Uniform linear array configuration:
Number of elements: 48
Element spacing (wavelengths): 0.5
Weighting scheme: binomial
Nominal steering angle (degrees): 15
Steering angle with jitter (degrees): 15.751
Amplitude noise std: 0.05
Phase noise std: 0.05

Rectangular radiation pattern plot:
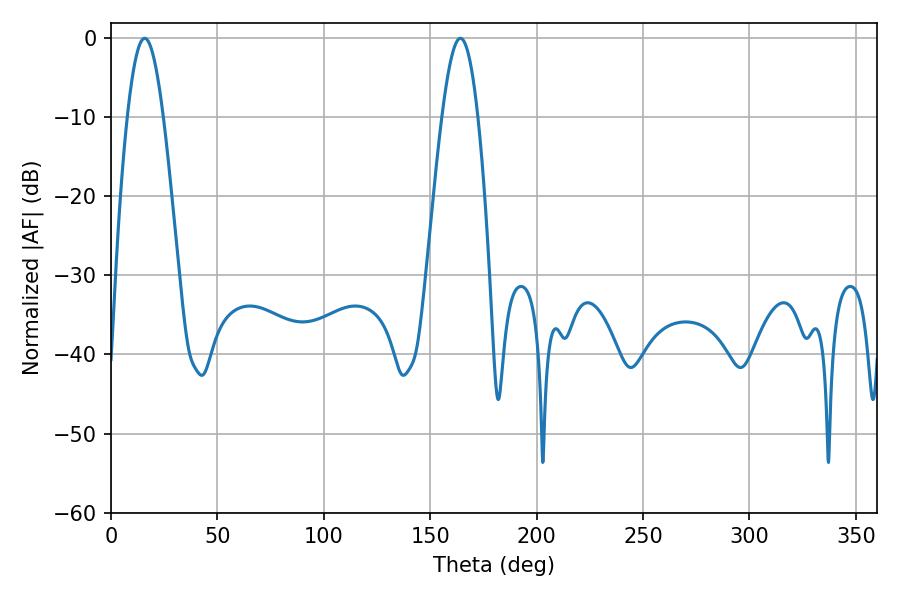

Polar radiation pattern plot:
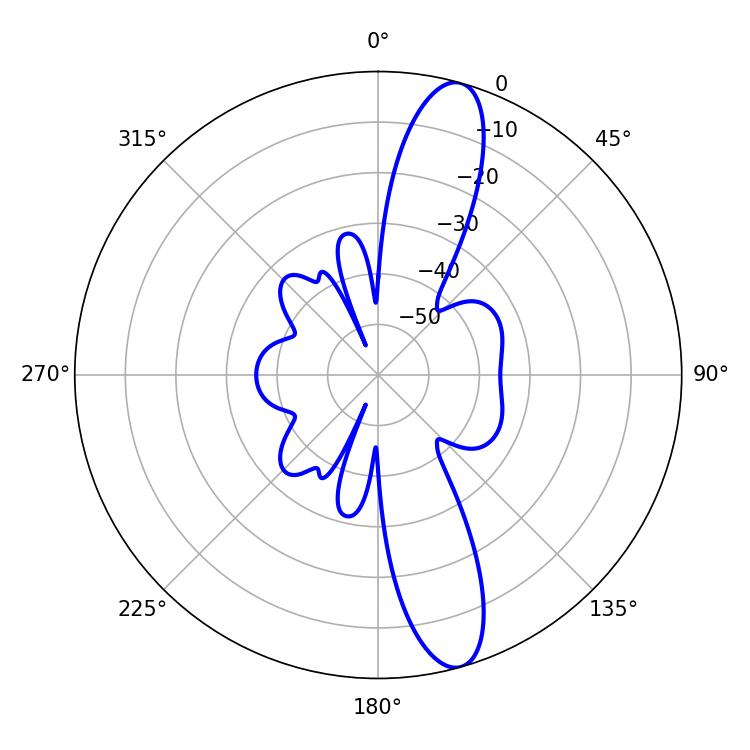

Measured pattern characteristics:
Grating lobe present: FALSE
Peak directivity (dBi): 13.226
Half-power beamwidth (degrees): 9.18
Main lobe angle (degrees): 164.16